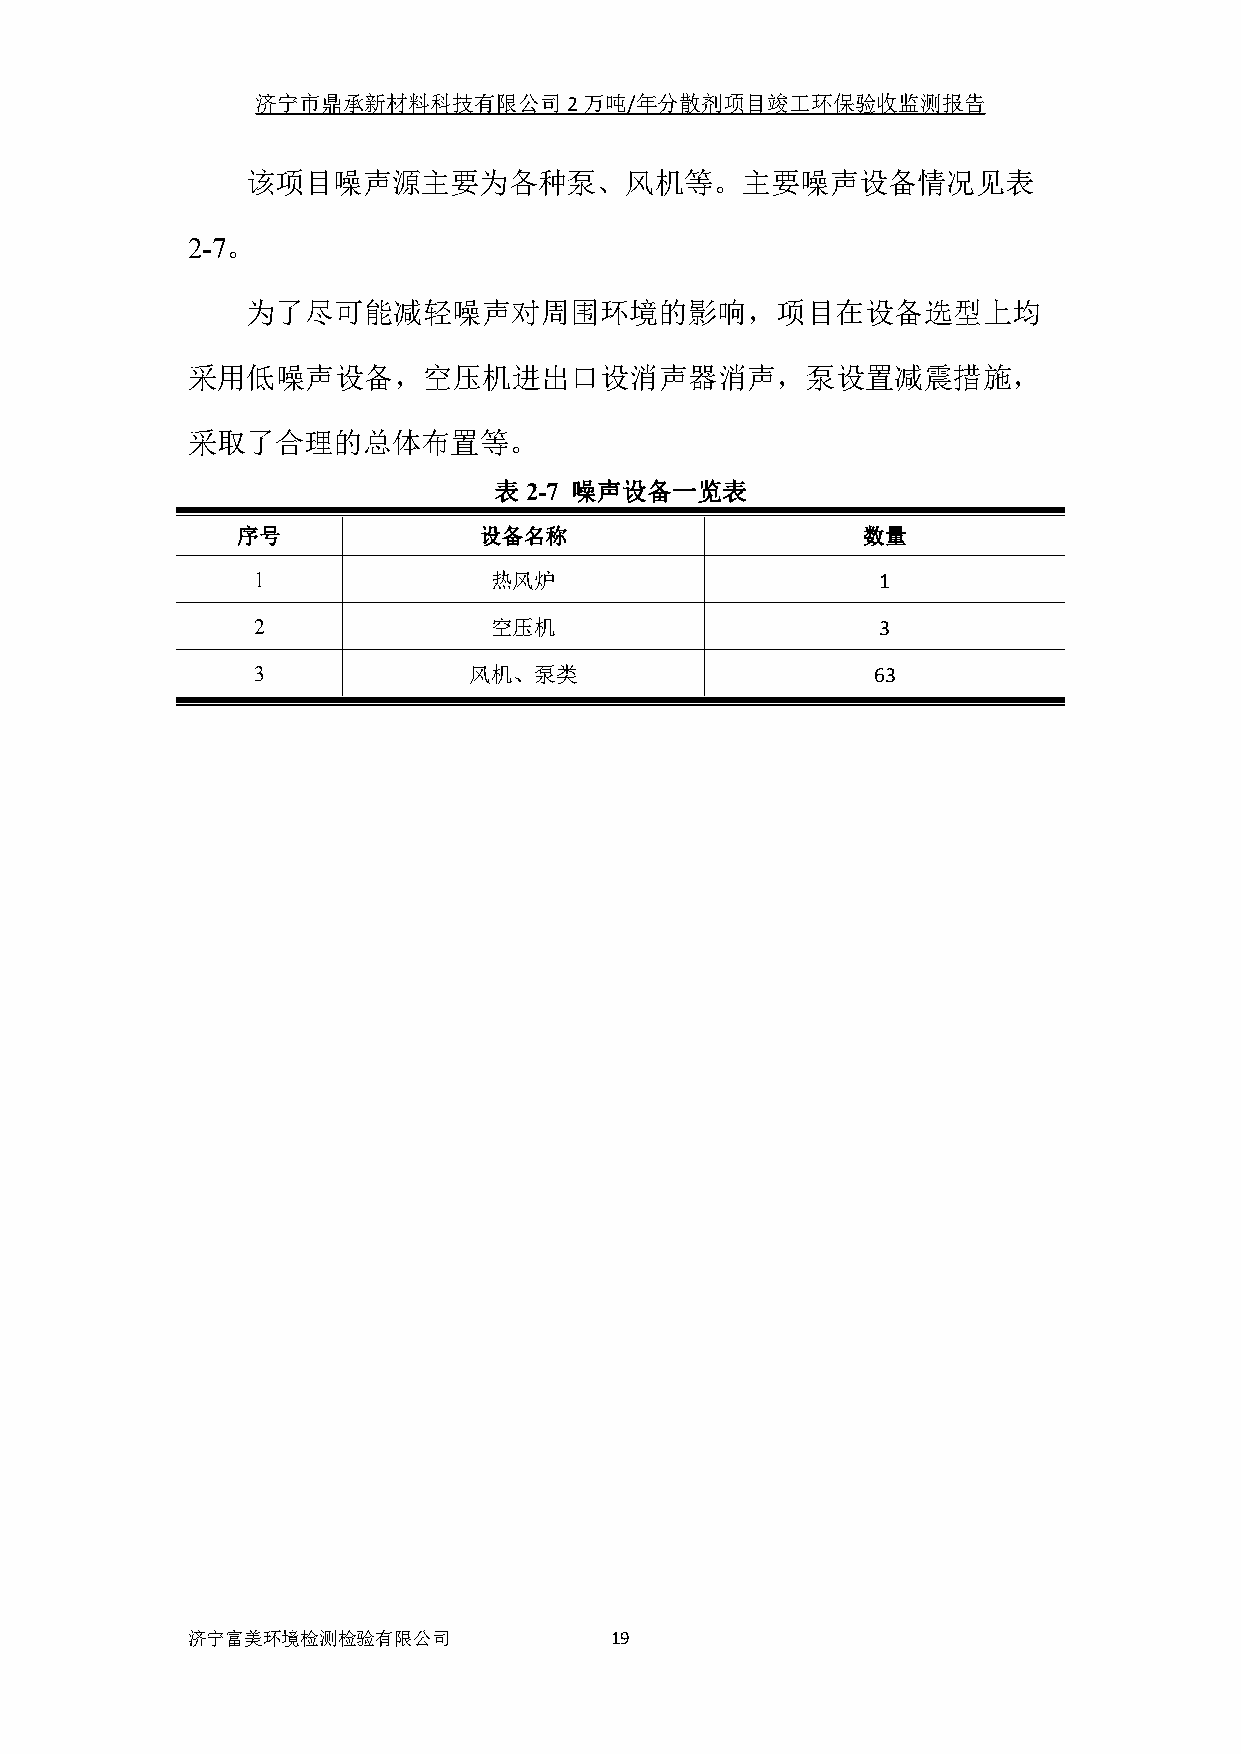
济宁市鼎承新材料科技有限公司2万吨/年分散剂项目竣工环保验收监测报告
 该项目噪声源主要为各种泵、风机等。主要噪声设备情况见表
 2-7。
 为了尽可能减轻噪声对周围环境的影响，项目在设备选型上均
 采用低噪声设备，空压机进出口设消声器消声，泵设置减震措施，
 采取了合理的总体布置等。
 表2-7 噪声设备一览表
 序号              设备名称                     数量
 1              热风炉                       1
 2              空压机                       3
 3             风机、泵类                      63
 济宁富美环境检测检验有限公司              19